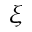
\xi